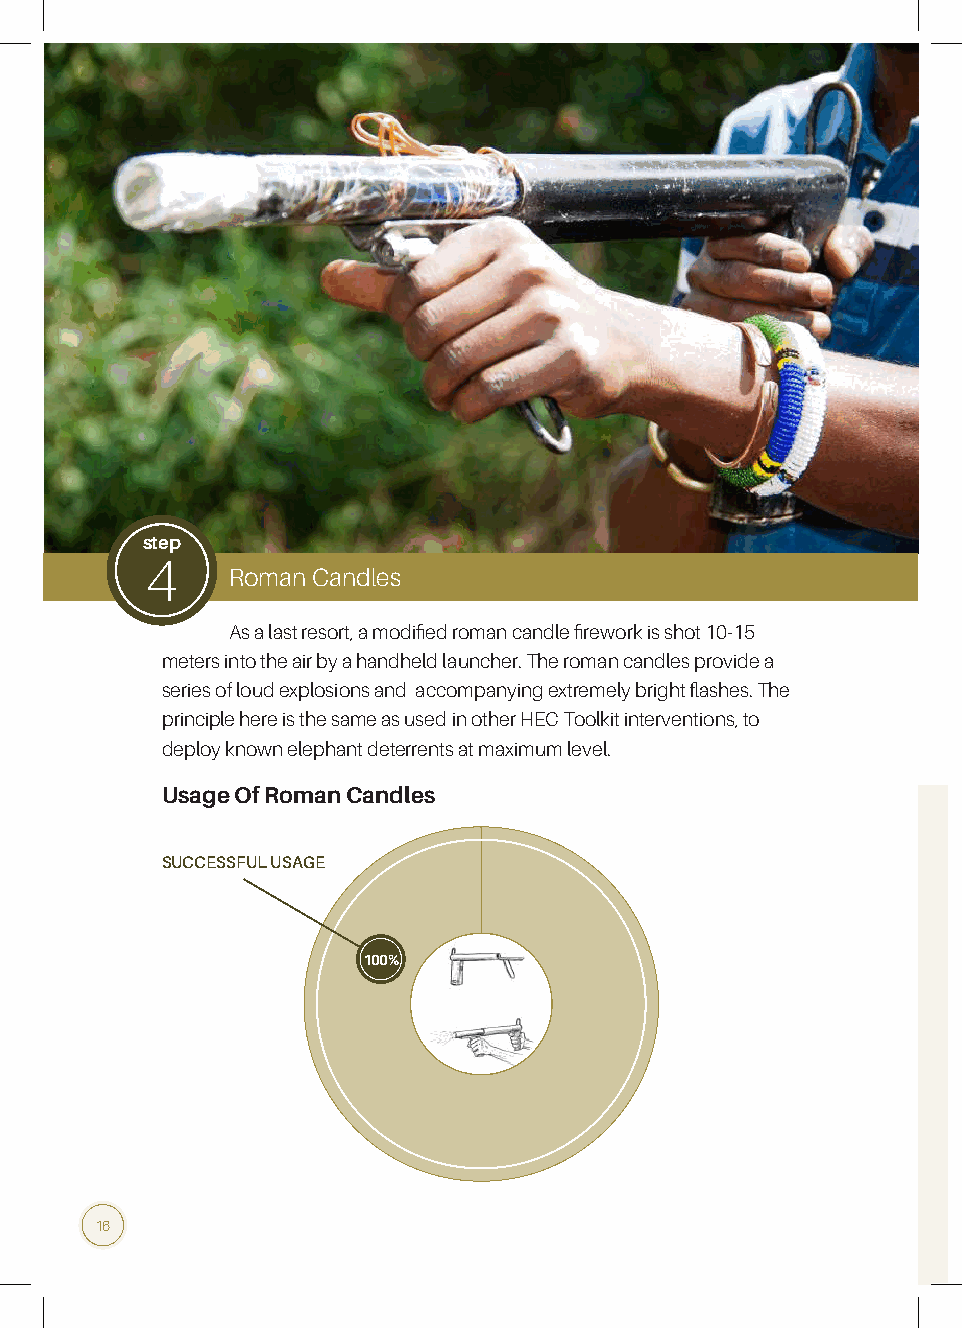
step
 4
 Roman Candles
 As a last resort, a modified roman candle firework is shot 10-15
 meters into the air by a handheld launcher. The roman candles provide a
 series of loud explosions and accompanying extremely bright flashes. The
 principle here is the same as used in other HEC Toolkit interventions, to
 deploy known elephant deterrents at maximum level.
 Usage Of Roman Candles
 SUCCESSFUL USAGE
 100%
 16